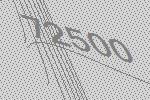
72500